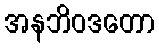
အနဘိဝဒတော